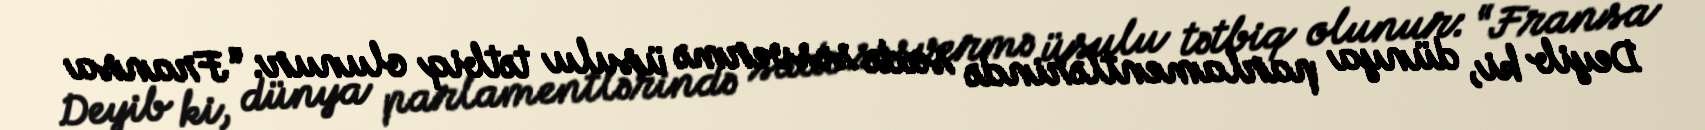
Deyib ki, dünya parlamentlərində sadə səsvermə üsulu tətbiq olunur: “Fransa